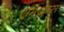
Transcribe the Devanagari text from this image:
एमिक्लास